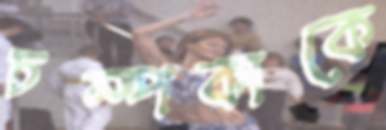
চম্পকাকে